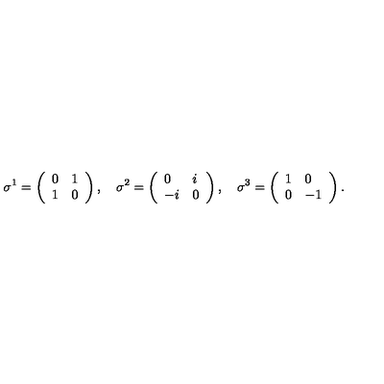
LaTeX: \sigma ^ { 1 } = \left( \begin{array} { l l } { 0 } & { 1 } \\ { 1 } & { 0 } \\ \end{array} \right) , \quad \sigma ^ { 2 } = \left( \begin{array} { l l } { 0 } & { i } \\ { - i } & { 0 } \\ \end{array} \right) , \quad \sigma ^ { 3 } = \left( \begin{array} { l l } { 1 } & { 0 } \\ { 0 } & { - 1 } \\ \end{array} \right) .